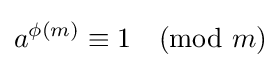
a^{\phi (m)}\equiv 1{\pmod {m}}